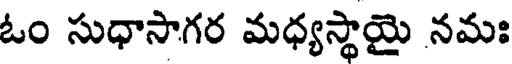
ఓం సుధాసాగర మధ్యస్థాయై నమః